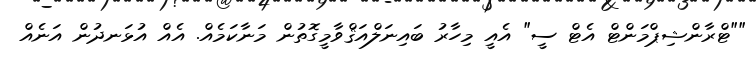
""ޓްރާންޝިޕްމަންޓް އެޓް ސީ" އެއީ މިހާރު ބައިނަލްއަޤްވާމީގޮތުން މަނާކަމެއް. އެއް އުޅަނދުން އަނެއް